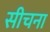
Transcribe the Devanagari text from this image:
सीचना